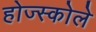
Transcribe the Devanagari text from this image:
होज्स्कोले